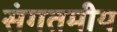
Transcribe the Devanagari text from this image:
संगतमीय